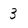
Character: 3